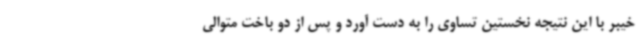
خیبر با این نتیجه نخستین تساوی را به دست آورد و پس از دو باخت متوالی